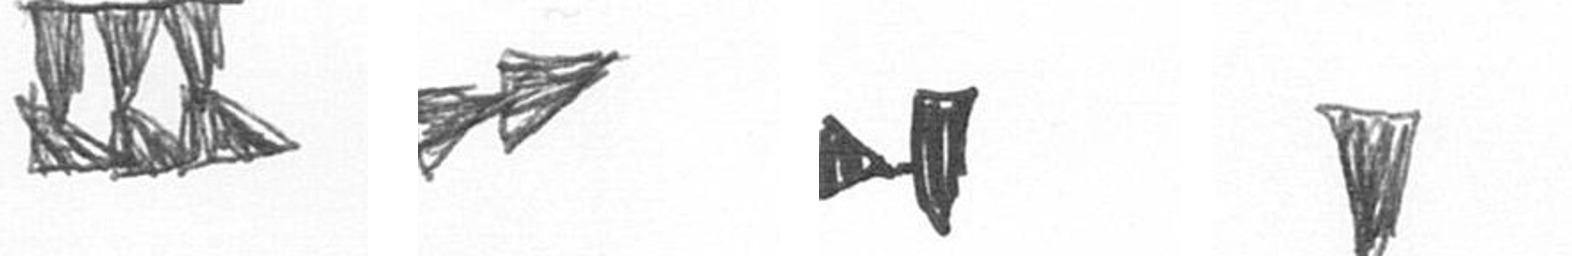
D A M J